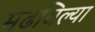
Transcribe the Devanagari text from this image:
मढविल्या